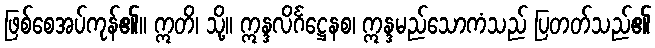
ဖြစ်စေအပ်ကုန်၏။ ဣတိ၊ သို့။ ဣန္ဒလိင်္ဂဋ္ဌေနစ၊ ဣန္ဒမည်သောကံသည် ပြတတ်သည်၏